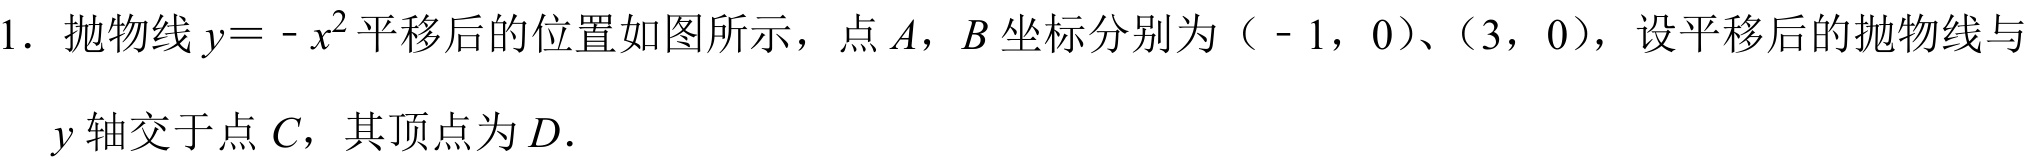
1. 抛物线\(y = - x^{2}\)平移后的位置如图所示，点\(A\)，\(B\)坐标分别为（\(-1\)，\(0\)）、（\(3\)，\(0\)），设平移后的抛物线与
\(y\)轴交于点\(C\)，其顶点为\(D\).